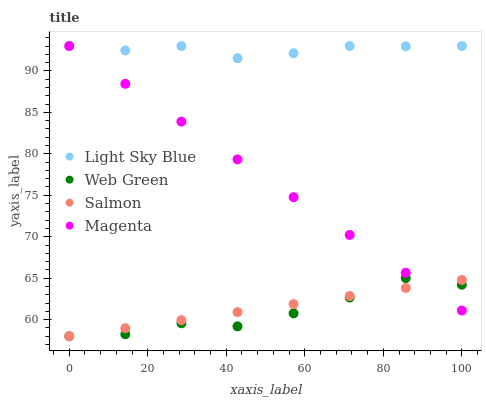
| xaxis_label | Light Sky Blue | Web Green | Salmon | Magenta |
 | --- | --- | --- | --- | --- |
 | 0 | 93 | 58 | 58 | 93 |
 | 14.3 | 92.5 | 58.2 | 59 | 88.4 |
 | 28.6 | 93 | 59.6 | 59.9 | 83.9 |
 | 42.9 | 91.5 | 59.2 | 60.9 | 79.3 |
 | 57.1 | 92.1 | 60.8 | 61.9 | 74.8 |
 | 71.4 | 93 | 62.7 | 62.9 | 70.2 |
 | 85.7 | 93 | 65 | 63.8 | 65.7 |
 | 100 | 93 | 64.2 | 64.8 | 61.1 |